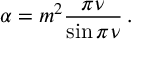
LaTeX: \alpha = m ^ { 2 } \frac { \pi \nu } { \sin \pi \nu } \, .